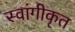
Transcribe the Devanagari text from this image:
स्वांगीकृत